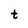
Character: t